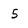
Character: 5